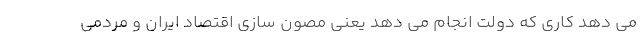
می دهد کاری که دولت انجام می دهد یعنی مصون سازی اقتصاد ایران و مردمی